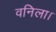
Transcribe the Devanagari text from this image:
वनिला।